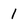
Character: 1